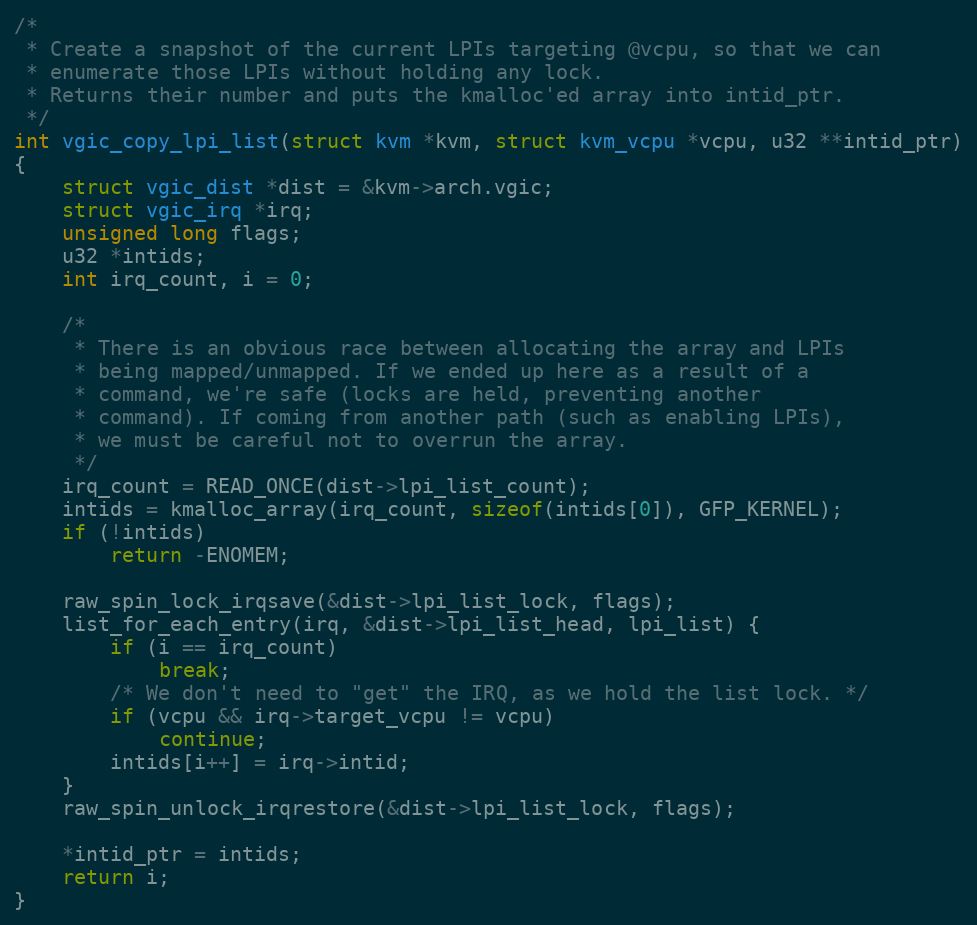
Language: C
/*
 * Create a snapshot of the current LPIs targeting @vcpu, so that we can
 * enumerate those LPIs without holding any lock.
 * Returns their number and puts the kmalloc'ed array into intid_ptr.
 */
int vgic_copy_lpi_list(struct kvm *kvm, struct kvm_vcpu *vcpu, u32 **intid_ptr)
{
	struct vgic_dist *dist = &kvm->arch.vgic;
	struct vgic_irq *irq;
	unsigned long flags;
	u32 *intids;
	int irq_count, i = 0;

	/*
	 * There is an obvious race between allocating the array and LPIs
	 * being mapped/unmapped. If we ended up here as a result of a
	 * command, we're safe (locks are held, preventing another
	 * command). If coming from another path (such as enabling LPIs),
	 * we must be careful not to overrun the array.
	 */
	irq_count = READ_ONCE(dist->lpi_list_count);
	intids = kmalloc_array(irq_count, sizeof(intids[0]), GFP_KERNEL);
	if (!intids)
		return -ENOMEM;

	raw_spin_lock_irqsave(&dist->lpi_list_lock, flags);
	list_for_each_entry(irq, &dist->lpi_list_head, lpi_list) {
		if (i == irq_count)
			break;
		/* We don't need to "get" the IRQ, as we hold the list lock. */
		if (vcpu && irq->target_vcpu != vcpu)
			continue;
		intids[i++] = irq->intid;
	}
	raw_spin_unlock_irqrestore(&dist->lpi_list_lock, flags);

	*intid_ptr = intids;
	return i;
}